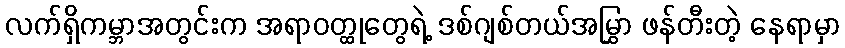
လက်ရှိကမ္ဘာအတွင်းက အရာဝတ္ထုတွေရဲ့ ဒစ်ဂျစ်တယ်အမြွှာ ဖန်တီးတဲ့ နေရာမှာ